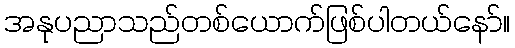
အနုပညာသည်တစ်ယောက်ဖြစ်ပါတယ်နော်။